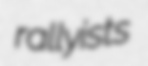
rallyists